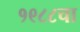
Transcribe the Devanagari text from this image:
१९८८चा